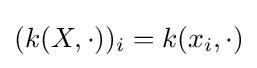
(k(X,\cdot ))_{i}=k(x_{i},\cdot )